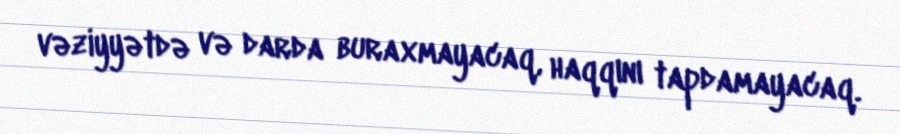
vəziyyətdə və darda buraxmayacaq, haqqını tapdamayacaq.